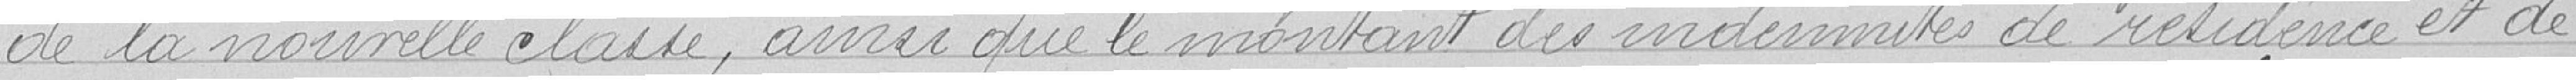
de la nouvelle classe, ainsi que le montant des indemnités de résidence et de